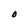
Character: O